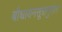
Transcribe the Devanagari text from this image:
बौधायनसूत्रानुसार